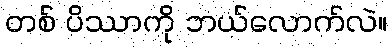
တစ် ပိဿာကို ဘယ်လောက်လဲ။